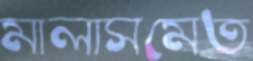
মালাসমেত